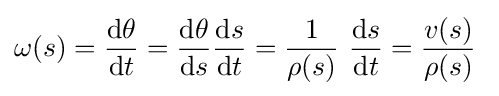
\omega (s)={\frac {\mathrm {d} \theta }{\mathrm {d} t}}={\frac {\mathrm {d} \theta }{\mathrm {d} s}}{\frac {\mathrm {d} s}{\mathrm {d} t}}={\frac {1}{\rho (s)}}\ {\frac {\mathrm {d} s}{\mathrm {d} t}}={\frac {v(s)}{\rho (s)}}\